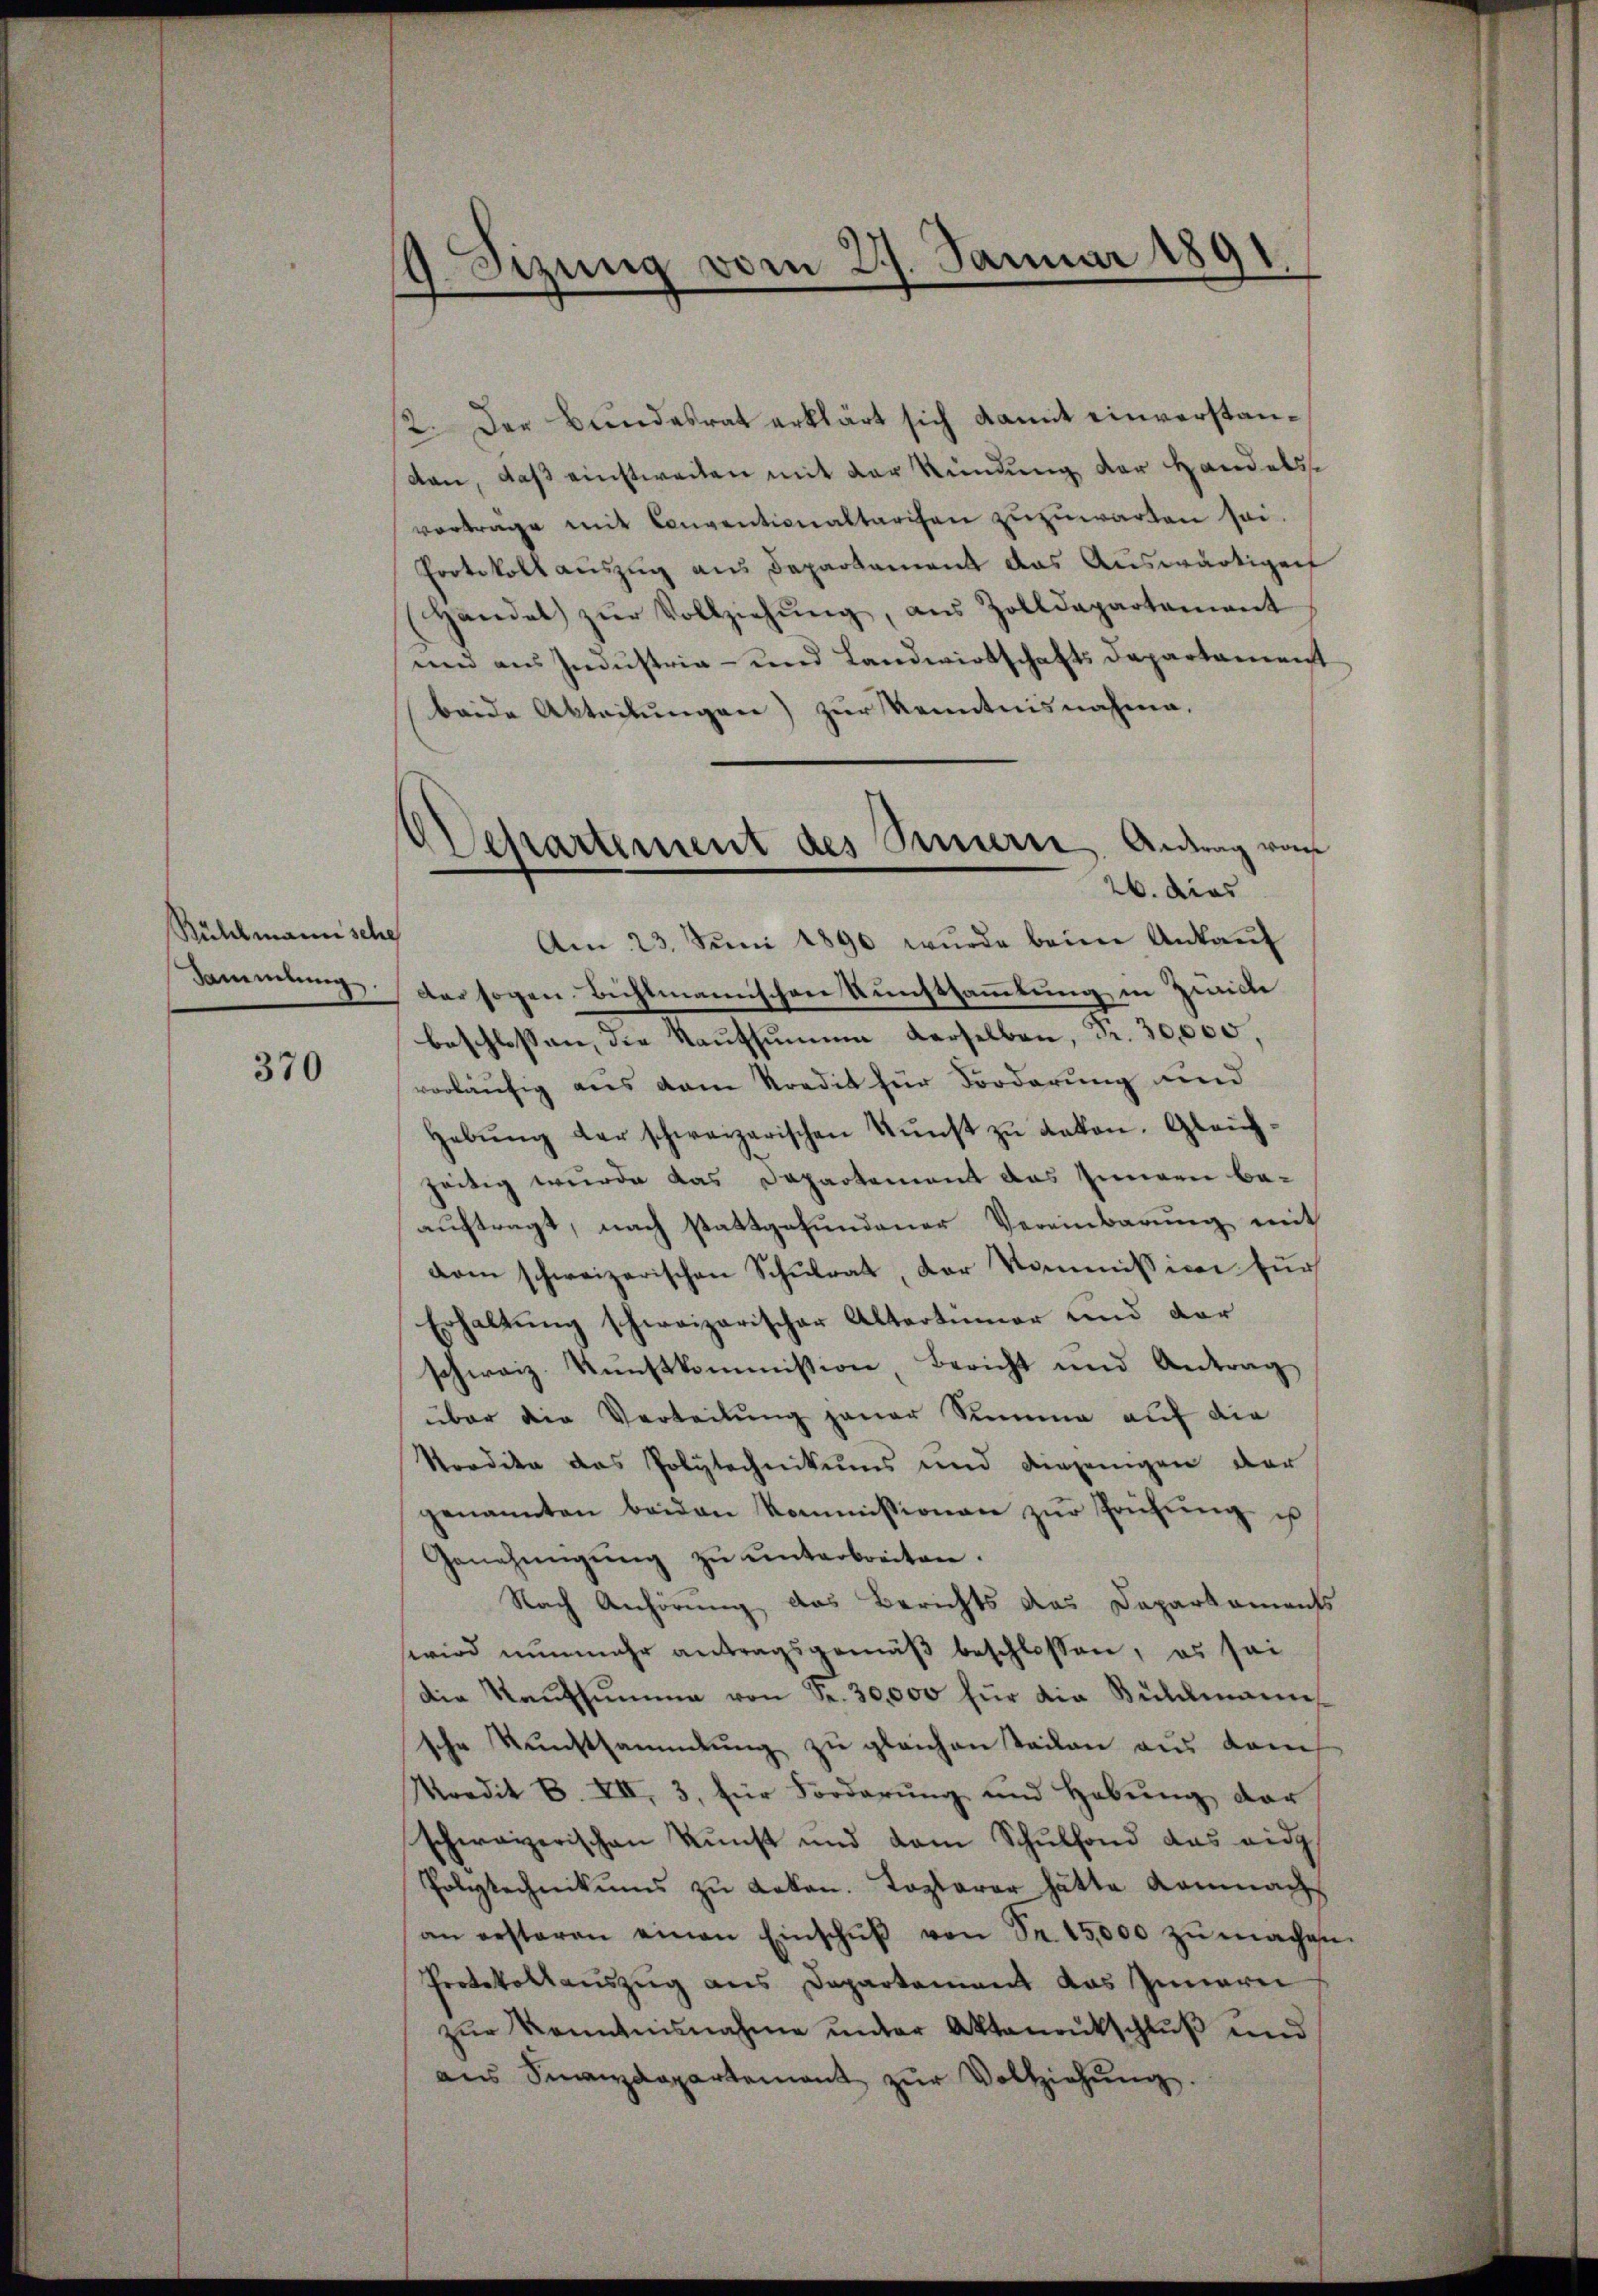
Rühlmannsche
Sammlung.

370

19. Sizung vom 27. Januar 1891.

2. Der Bundesrat erklärt sich damit einverstandan, daß einstweilen mit der Kündung der Handelsvortrage mit Conventionaltarisen zuzuwarten sei
Protokoll auszug aus Departement das Auswärtiger
Handel zŭr Vollziehŭng, aus Zolldepartement
und aus Industria - und Landwirtschafts Departement
beide Abteilungen) zur Kenntnisnahme.
Am 23. Juni 1890 wurde beim Ankaŭf
der sogen Richtmannischen Kunstsammlung in Zürich
beschlossen, die Kaufsumme derselben, Fr. 30,000,
vorläufig aus dem Kredit zur Forderung und
gebŭng der schweizerischen Kŭnst zŭ lakon. Gleich-
zeitig wurde das Departement das Innern be-
auftragt, nach stattgefundener Vereinbarung mit
dom schweizerischen Schulrat, der Kommission für
Erhaltung schweizerischer Altertümer und dar
schweiz Kunstkommission, Bericht und Antrag
über die Verteilung jener Summe auf die
Nordite des Polytechnikums und diejenigen der
genannten beiden Kommissionen zŭr Prüfŭng u
Genehmigŭng zŭ ŭnterbreiten.
Nach Anhörung das Berichts das Daparkaments
wird nunmehr antragsgemäβ beschlossen, es sei
Die Raŭfsŭmme von Fr. 30,000 für die Büldmanns
sche Kunstsammlung zu gleichen Teilen aus dam
Kredit C. VII, 3, für Forderung und Hebung der
schweizerischen Kunst und dem Schulfond das eidg
Polytechnikums zŭ Laken. Toplarer hätte Kamnach
an ersteren einen Einschŭβ von Fr. 15,000 zŭ machen.
Protokollauszug aus Departement das Innerei
zŭr Kenntnisnahme ŭnter Aktenantschlŭβ und
ans Sinanzdepartement zŭr Vollziehŭng.

Sckartement des Sinnern, Antrag von
26. dies